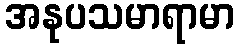
အနုပသမာရာမာ